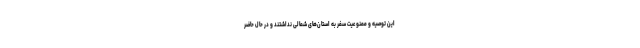
این توصیه و ممنوعیت سفر به استان‌های شمالی نداشتند و در حال حاضر